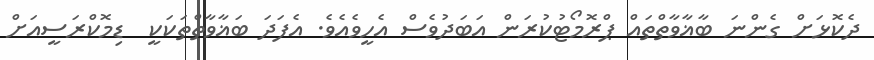
ދެކޮޅަށް ގެންނަ ބާޣާވާތްތައް ޕްރޮމޯޓުކުރަން އަބަދުވެސް އެހީވެއެވެ. އެފަދަ ބަޣާވާތްތަކަކީ  ޑިމޮކްރަސީއަށް